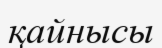
қайнысы